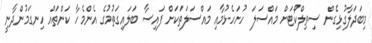
މިބަދަލާގުޅިގެން ސިވިލްކޯޓަށް މައްސަލަ ހުށަހެޅުމާއި މައްސަލަތަކަށް ފައިސާ ބަލައިގަތުމުގެ އެންމެހާ ކަންތައް ހިނގަމުންދާނީ